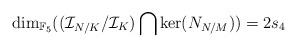
LaTeX: \begin{align*}\dim_{\mathbb{F}_5}((\mathcal{I}_{N/K}/\mathcal{I}_{K})\bigcap\ker(N_{N/M}))=2s_4\end{align*}